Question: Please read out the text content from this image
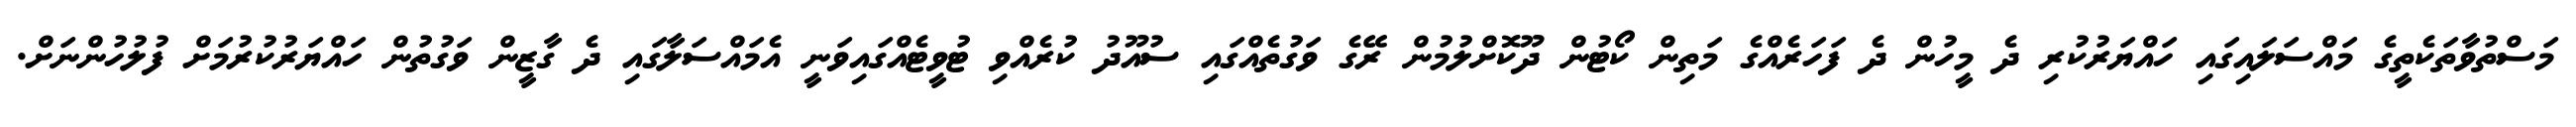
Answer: މަސްތުވާތަކެތީގެ މައްސަލައިގައި ހައްޔަރުކުރި ދެ މީހުން ދެ ފަހަރެއްގެ މަތިން ކޯޓުން ދޫކޮށްލުމުން ރޭގެ ވަގުތެއްގައި ސުއޫދު ކުރެއްވި ޓުވީޓެއްގައިވަނީ އެމައްސަލާގައި ދެ ގާޒީން ވަގުތުން ހައްޔަރުކުރުމަށް ފުލުހުންނަށް.